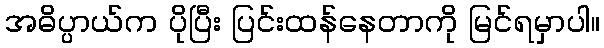
အဓိပ္ပာယ်က ပိုပြီး ပြင်းထန်နေတာကို မြင်ရမှာပါ။